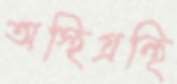
অস্থিগ্রন্থি